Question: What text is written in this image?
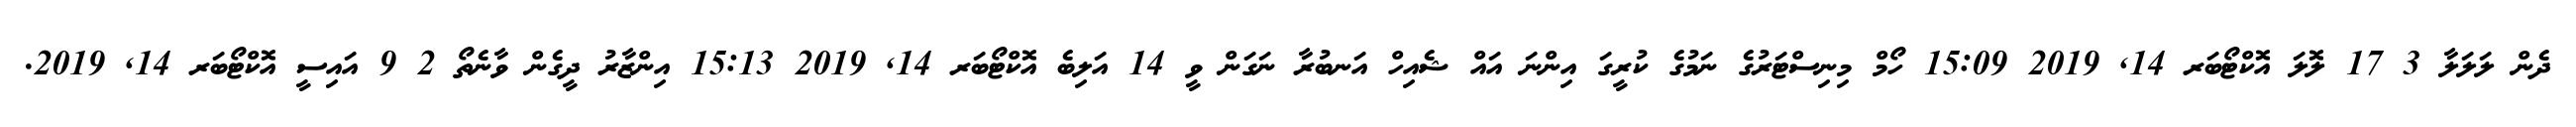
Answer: ދެން ލަލަލާ 3 17 ލޮލަ އޮކްޓޯބަރ 14, 2019 15:09 ހޯމް މިނިސްޓަރުގެ ނަމުގެ ކުރީގަ އިންނަ އައް ޝެއިހް އަނބުރާ ނަގަން ވީ 14 އަލިބެ އޮކްޓޯބަރ 14, 2019 15:13 އިންޒާރު ދީގެން ވާނެތޯ 2 9 އައިސީ އޮކްޓޯބަރ 14, 2019.